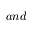
a n d